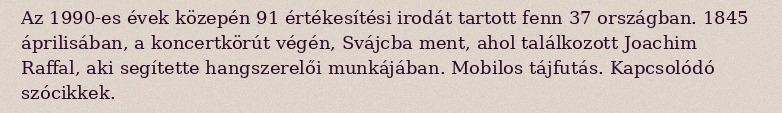
Az 1990-es évek közepén 91 értékesítési irodát tartott fenn 37 országban. 1845 áprilisában, a koncertkörút végén, Svájcba ment, ahol találkozott Joachim Raffal, aki segítette hangszerelői munkájában. Mobilos tájfutás. Kapcsolódó szócikkek.